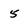
Character: 5